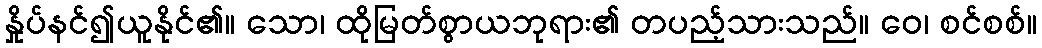
နှိုပ်နင်၍ယူနိုင်၏။ သော၊ ထိုမြတ်စွာယဘုရား၏ တပည့်သားသည်။ ဝေ၊ စင်စစ်။